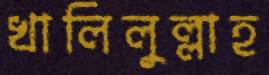
খালিলুল্লাহ